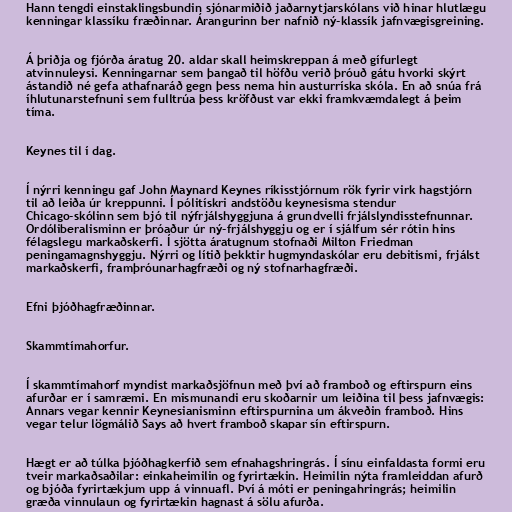
Hann tengdi einstaklingsbundin sjónarmiðið jaðarnytjarskólans við hinar hlutlægu
kenningar klassíku fræðinnar. Árangurinn ber nafnið ný-klassík jafnvægisgreining.

Á þriðja og fjórða áratug 20. aldar skall heimskreppan á með gífurlegt
atvinnuleysi. Kenningarnar sem þangað til höfðu verið þróuð gátu hvorki skýrt
ástandið né gefa athafnaráð gegn þess nema hin austurríska skóla. En að snúa frá
íhlutunarstefnuni sem fulltrúa þess kröfðust var ekki framkvæmdalegt á þeim
tíma.

Keynes til í dag.

Í nýrri kenningu gaf John Maynard Keynes ríkisstjórnum rök fyrir virk hagstjórn
til að leiða úr kreppunni. Í pólitískri andstöðu keynesisma stendur
Chicago-skólinn sem bjó til nýfrjálshyggjuna á grundvelli frjálslyndisstefnunnar.
Ordóliberalisminn er þróaður úr ný-frjálshyggju og er í sjálfum sér rótin hins
félagslegu markaðskerfi. Í sjötta áratugnum stofnaði Milton Friedman
peningamagnshyggju. Nýrri og lítið þekktir hugmyndaskólar eru debitismi, frjálst
markaðskerfi, framþróunarhagfræði og ný stofnarhagfræði.

Efni þjóðhagfræðinnar.

Skammtímahorfur.

Í skammtímahorf myndist markaðsjöfnun með því að framboð og eftirspurn eins
afurðar er í samræmi. En mismunandi eru skoðarnir um leiðina til þess jafnvægis:
Annars vegar kennir Keynesianisminn eftirspurnina um ákveðin framboð. Hins
vegar telur lögmálið Says að hvert framboð skapar sín eftirspurn.

Hægt er að túlka þjóðhagkerfið sem efnahagshringrás. Í sínu einfaldasta formi eru
tveir markaðsaðilar: einkaheimilin og fyrirtækin. Heimilin nýta framleiddan afurð
og bjóða fyrirtækjum upp á vinnuafl. Því á móti er peningahringrás; heimilin
græða vinnulaun og fyrirtækin hagnast á sölu afurða.